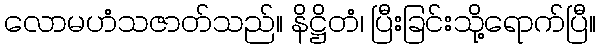
လောမဟံသဇာတ်သည်။ နိဋ္ဌိတံ၊ ပြီးခြင်းသို့ရောက်ပြီ။